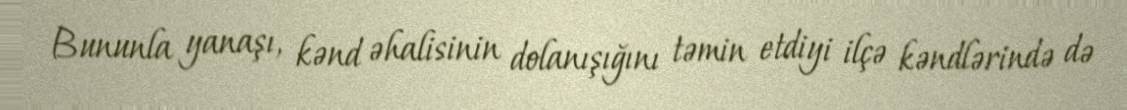
Bununla yanaşı, kənd əhalisinin dolanışığını təmin etdiyi ilçə kəndlərində də